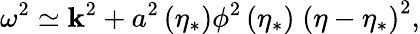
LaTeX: \omega^{2}\simeq\mathbf{k}^{2}+a^{2}\left(\eta_{*}\right)\phi^{2}\left(\eta_{*}\right)\; \left(\eta-\eta_{*}\right)^{2},